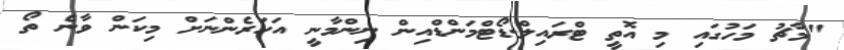
"މާޗު މަހުގައި މި އޮތީ ޓްރައިލް.ޑޯޓްމަންޑްއިން ނިންމާނީ އަހަރެންނަށް މިކަން ވާނެ ތޯ